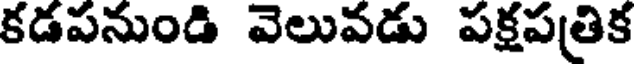
కడపనుండి వెలువడు పక్షపత్రిక